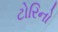
ટોરિનો